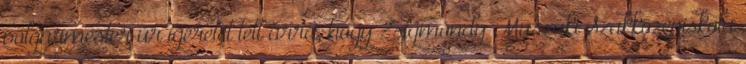
polgármester úr ígéretet tett arra, hogy Zsigmondy Műszaki Szakközépiskola